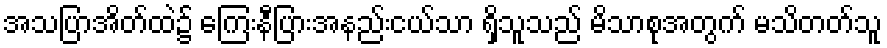
အသပြာအိတ်ထဲ၌ ကြေးနီပြားအနည်းငယ်သာ ရှိသူသည် မိသာစုအတွက် မသိတတ်သူ